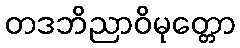
တဒဘိညာဝိမုတ္တော